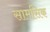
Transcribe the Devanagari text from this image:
सामसिक